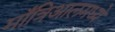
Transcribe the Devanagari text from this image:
माँत्रिआलमध्ये